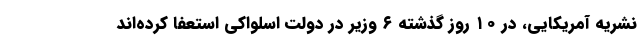
نشریه آمریکایی، در ۱۰ روز گذشته ۶ وزیر در دولت اسلواکی استعفا کرده‌اند